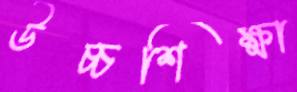
উচ্চশিক্ষা